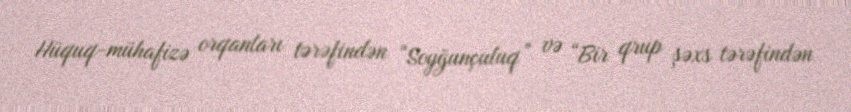
Hüquq-mühafizə orqanları tərəfindən “Soyğunçuluq” və “Bir qrup şəxs tərəfindən